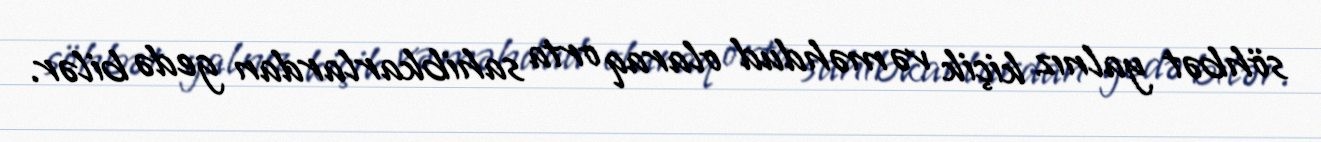
söhbət yalnız kiçik və məhdud olaraq orta sahibkarlardan gedə bilər.